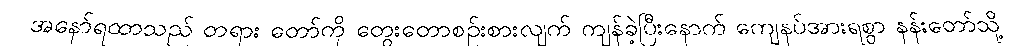
အနော်ရထာသည် တရား တော်ကို တွေးတောစဉ်းစားလျက် ကျန်ခဲ့ပြီးနောက် ကျေနပ်အားရစွာ နန်းတော်သို့